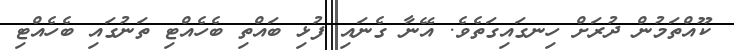
ކޫއްތަމުން ދުރަށް ހިނގައިގަތެވެ. އޭނާ ގެނައި ފުޅި ބައްތި ބެހެއްޓި ތަނުގައި ބެހެއްޓި